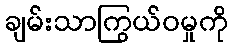
ချမ်းသာကြွယ်ဝမှုကို